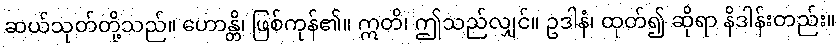
ဆယ်သုတ်တို့သည်။ ဟောန္တိ၊ ဖြစ်ကုန်၏။ ဣတိ၊ ဤသည်လျှင်။ ဥဒါနံ၊ ထုတ်၍ ဆိုရာ နိဒါန်းတည်း။